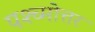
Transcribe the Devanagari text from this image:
पश्च्मोत्तर